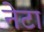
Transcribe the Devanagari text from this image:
नेटा